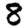
Digit: 8